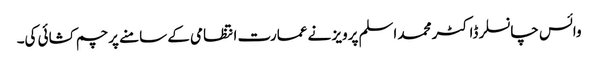
وائس چانسلر ڈاکٹر محمد اسلم پرویز نے عمارت انتظامی کے سامنے پرچم کشائی کی۔